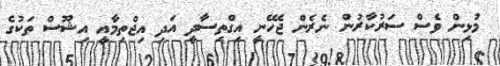
މުޅިން ވެސް ސަރުކާރުން ނެރެން ޖެހޭނީ އިގްތިސާދީ އަދި އިޖްތިމާއީ އިޝޫސް ތަކުގެ